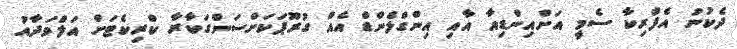
ދެކުނު އެފްރިކާ ސެމީ އަށްއިންޑިއާ އާއި އިންގްލެންޑް އެއް ގުރޫޕަކަށްސަންގަކާރާ ކްރިކެޓަށް އަލްވަދާއު